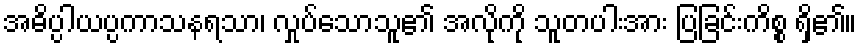
အဓိပ္ပါယပ္ပကာသနရသာ၊ လှုပ်သောသူ၏ အလိုကို သူတပါးအား ပြခြင်းကိစ္စ ရှိ၏။